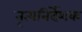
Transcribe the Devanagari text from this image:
नृत्यनिर्देशक